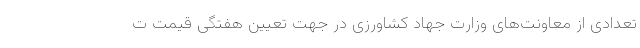
تعدادی از معاونت‌های وزارت جهاد کشاورزی در جهت تعیین هفتگی قیمت ت